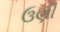
ઉણી